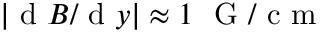
| \mathrm { ~ d ~ } B / \mathrm { ~ d ~ } y | \approx 1 ~ \mathrm { ~ G ~ } / \mathrm { ~ c ~ m ~ }